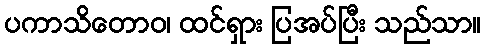
ပကာသိတောဝ၊ ထင်ရှား ပြအပ်ပြီး သည်သာ။